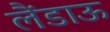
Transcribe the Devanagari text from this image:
लैंडाऊ